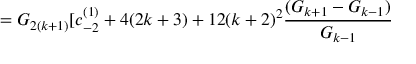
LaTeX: = G _ { 2 ( k + 1 ) } [ c _ { - 2 } ^ { ( 1 ) } + 4 ( 2 k + 3 ) + 1 2 ( k + 2 ) ^ { 2 } \frac { ( G _ { k + 1 } - G _ { k - 1 } ) } { G _ { k - 1 } }